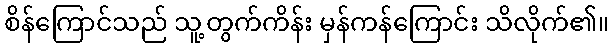
စိန်ကြောင်သည် သူ့တွက်ကိန်း မှန်ကန်ကြောင်း သိလိုက်၏။